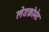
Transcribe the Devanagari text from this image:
लेडक्रोमेट